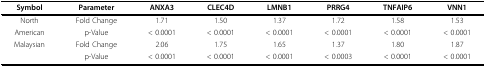
| Symbol | Parameter | ANXA3 | CLEC4D | LMNB1 | PRRG4 | TNFAIP6 | VNN1 |
 | --- | --- | --- | --- | --- | --- | --- | --- |
 | North | Fold Change | 1.71 | 1.50 | 1.37 | 1.72 | 1.58 | 1.53 |
 | American | p-Value | < 0.0001 | < 0.0001 | < 0.0001 | < 0.0001 | < 0.0001 | < 0.0001 |
 | Malaysian | Fold Change | 2.06 | 1.75 | 1.65 | 1.37 | 1.80 | 1.87 |
 |  | p-Value | < 0.0001 | < 0.0001 | < 0.0001 | < 0.0003 | < 0.0001 | < 0.0001 |